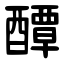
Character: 醰